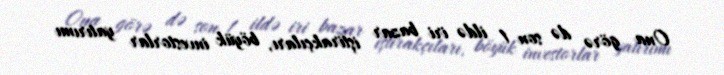
Ona görə də son 1 ildə iri bazar iştirakçıları, böyük investorlar yatırımı